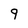
Character: 9